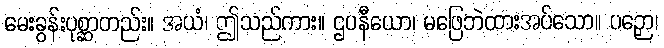
မေးခွန်းပုစ္ဆာတည်း။ အယံ၊ ဤသည်ကား။ ဌပနီယော၊ မဖြေဘဲထားအပ်သော။ ပဉှော၊